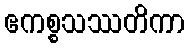
ဧကစ္စသဿတိကာ